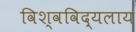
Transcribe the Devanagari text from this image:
विश्वविद्यलाय